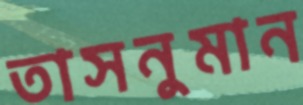
তাসনুমান